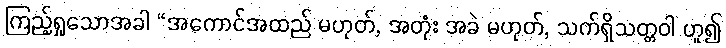
ကြည့်ရှုသောအခါ “အကောင်အထည် မဟုတ်, အတုံး အခဲ မဟုတ်, သက်ရှိသတ္တဝါ ဟူ၍